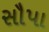
સૌપા